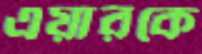
এয়ারকে